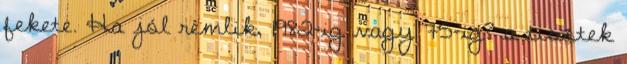
fekete. Ha jól rémlik, 1982-ig vagy 75-ig? a tisztek